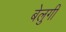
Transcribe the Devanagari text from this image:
बेलुगी